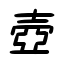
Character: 壺